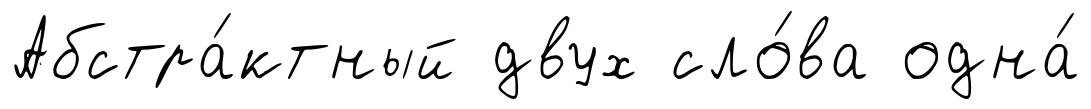
Абстра́ктный двух сло́ва одна́